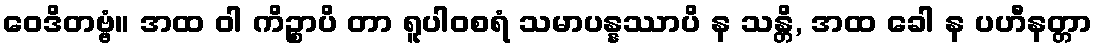
ဝေဒိတဗ္ဗံ။ အထ ဝါ ကိဉ္စာပိ တာ ရူပါဝစရံ သမာပန္နဿာပိ န သန္တိ, အထ ခေါ န ပဟီနတ္တာ